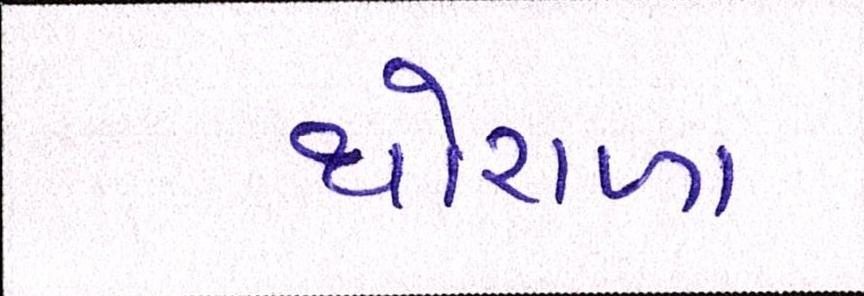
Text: થોરાળા